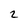
Character: 2